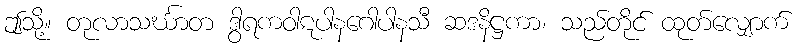
ဤသို့။ တုလာသင်္ဃာတ ဒွါရကဝါဋပါနဂေါပါနသီ ဆဒနိဋ္ဌကာ၊ သည်တိုင် ထုတ်လျှောက်